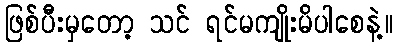
ဖြစ်ပီးမှတော့ သင် ရင်မကျိုးမိပါစေနဲ့။